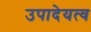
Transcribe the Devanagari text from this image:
उपादेयत्व